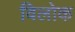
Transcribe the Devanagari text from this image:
विलोक